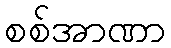
စစ်အာဏာ